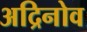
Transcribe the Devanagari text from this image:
अद्रिनोव